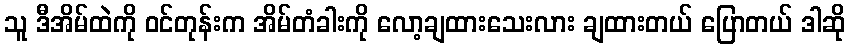
သူ ဒီအိမ်ထဲကို ဝင်တုန်းက အိမ်တံခါးကို လော့ချထားသေးလား ချထားတယ် ပြောတယ် ဒါဆို